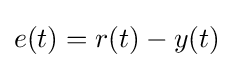
e(t)=r(t)-y(t)